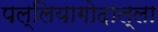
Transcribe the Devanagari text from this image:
पल्लियागोदाल्ला